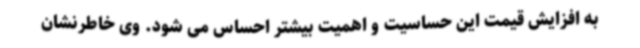
به افزایش قیمت این حساسیت و اهمیت بیشتر احساس می شود. وی خاطرنشان